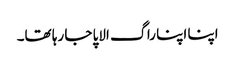
اپنا اپنا راگ الاپا جا رہا تھا۔